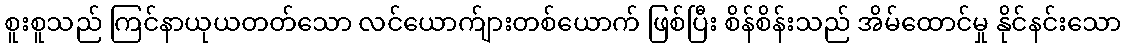
စူးစူသည် ကြင်နာယုယတတ်သော လင်ယောက်ျားတစ်ယောက် ဖြစ်ပြီး စိန်စိန်းသည် အိမ်ထောင်မှု နိုင်နင်းသော